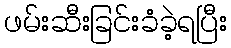
ဖမ်းဆီးခြင်းခံခဲ့ရပြီး